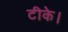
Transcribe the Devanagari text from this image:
टीके।